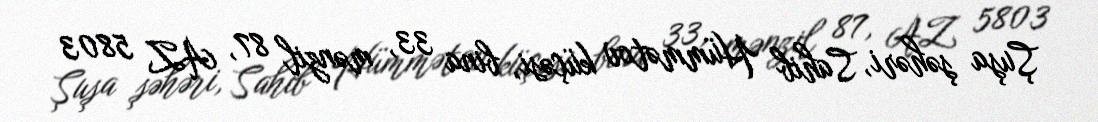
Şuşa şəhəri, Sahib Hümmətov küçəsi, bina 33, mənzil 87, AZ 5803